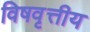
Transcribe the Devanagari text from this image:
विषवृत्तीय